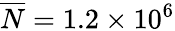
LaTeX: \overline{{N}}=1.2\times 10^{6}